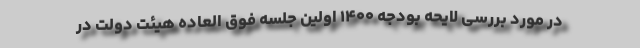
در مورد بررسی لایحه بودجه ۱۴۰۰ اولین جلسه فوق العاده هیئت دولت در